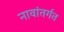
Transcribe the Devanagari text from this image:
नावांतर्गत